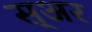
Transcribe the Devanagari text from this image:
स्अर